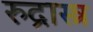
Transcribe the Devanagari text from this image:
रुद्रास्त्र